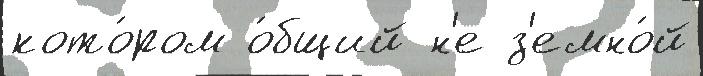
кото́ром о́бщий н'е з'емно́й